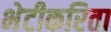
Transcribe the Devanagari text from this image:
भेटीकरिता